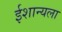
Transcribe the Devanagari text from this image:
ईशान्यला